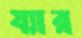
য্যার